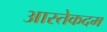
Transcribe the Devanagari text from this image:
आस्तेकदम